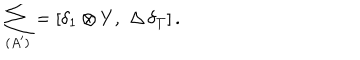
\sum _ { ( A ^ { \prime } ) } = [ \delta _ { 1 } \otimes Y , \, \, \Delta \, \delta _ { T } ] \, .